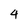
Character: 4